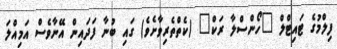
ފިލްމުގެ ޓައިޓްލް "ހޯންސްލާ ރަކް" (ކެތްތެރިވާށެވެ) ގައި ބުނާ ފަދައިން އޭނާވެސް އަމިއްލަ